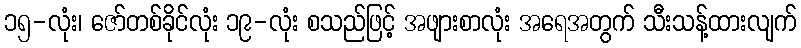
၁၅-လုံး၊ ဇော်တစ်ခိုင်လုံး ၁၉-လုံး စသည်ဖြင့် အဖျားစာလုံး အရေအတွက် သီးသန့်ထားလျက်